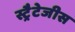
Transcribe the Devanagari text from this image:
स्ट्रैटेजीस